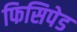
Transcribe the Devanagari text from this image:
फिसिपेड